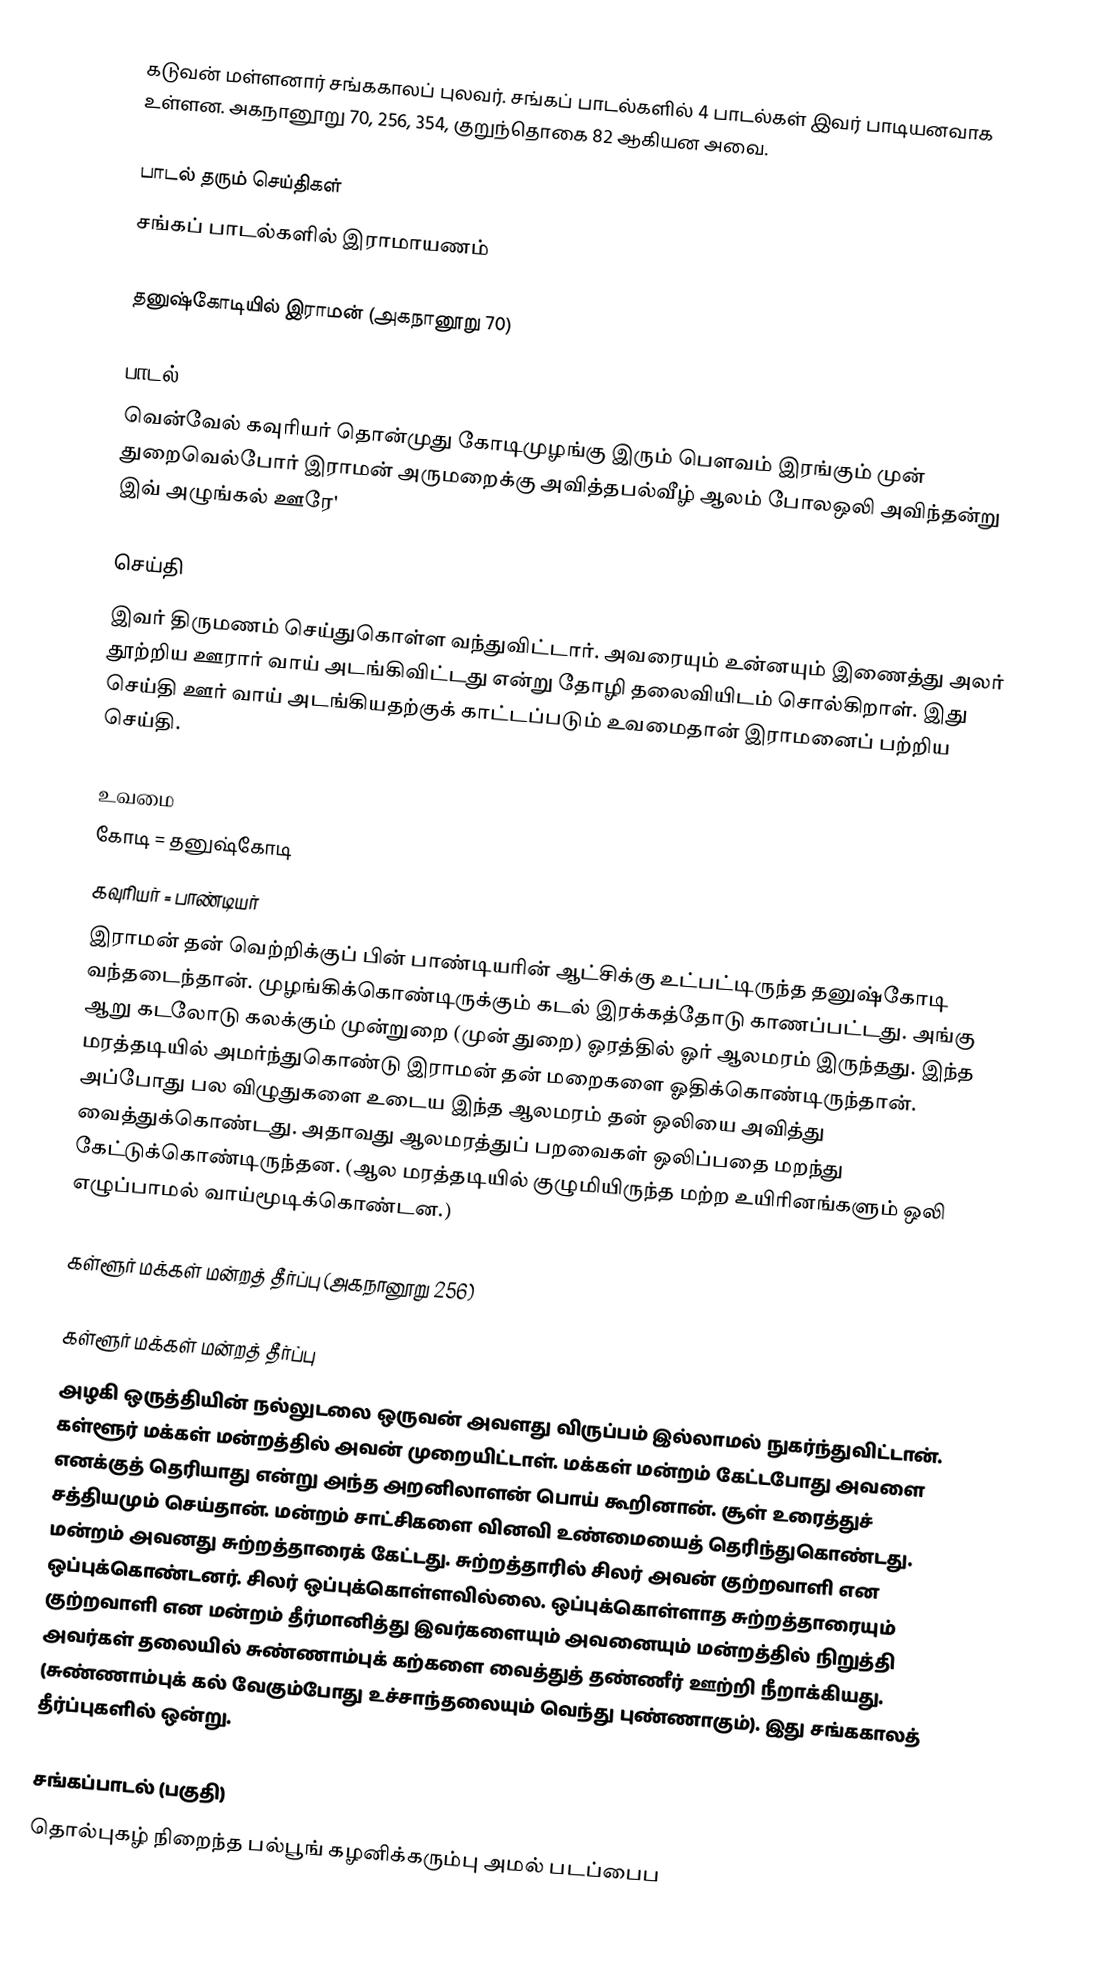
கடுவன் மள்ளனார் சங்ககாலப் புலவர். சங்கப் பாடல்களில் 4 பாடல்கள் இவர் பாடியனவாக உள்ளன. அகநானூறு 70, 256, 354, குறுந்தொகை 82 ஆகியன அவை.

பாடல் தரும் செய்திகள்
சங்கப் பாடல்களில் இராமாயணம்

தனுஷ்கோடியில் இராமன் (அகநானூறு 70)

பாடல்
வென்வேல் கவுரியர் தொன்முது கோடிமுழங்கு இரும் பௌவம் இரங்கும் முன் துறைவெல்போர் இராமன் அருமறைக்கு அவித்தபல்வீழ் ஆலம் போலஒலி அவிந்தன்று இவ் அழுங்கல் ஊரே'

செய்தி
இவர் திருமணம் செய்துகொள்ள வந்துவிட்டார். அவரையும் உன்னயும் இணைத்து அலர் தூற்றிய ஊரார் வாய் அடங்கிவிட்டது என்று தோழி தலைவியிடம் சொல்கிறாள். இது செய்தி ஊர் வாய் அடங்கியதற்குக் காட்டப்படும் உவமைதான் இராமனைப் பற்றிய செய்தி.

உவமை
 கோடி = தனுஷ்கோடி
 கவுரியர் = பாண்டியர்
இராமன் தன் வெற்றிக்குப் பின் பாண்டியரின் ஆட்சிக்கு உட்பட்டிருந்த தனுஷ்கோடி வந்தடைந்தான். முழங்கிக்கொண்டிருக்கும் கடல் இரக்கத்தோடு காணப்பட்டது. அங்கு ஆறு கடலோடு கலக்கும் முன்றுறை (முன் துறை) ஓரத்தில் ஓர் ஆலமரம் இருந்தது. இந்த மரத்தடியில் அமர்ந்துகொண்டு இராமன் தன் மறைகளை ஓதிக்கொண்டிருந்தான். அப்போது பல விழுதுகளை உடைய இந்த ஆலமரம் தன் ஒலியை அவித்து வைத்துக்கொண்டது. அதாவது ஆலமரத்துப் பறவைகள் ஒலிப்பதை மறந்து கேட்டுக்கொண்டிருந்தன. (ஆல மரத்தடியில் குழுமியிருந்த மற்ற உயிரினங்களும் ஒலி எழுப்பாமல் வாய்மூடிக்கொண்டன.)

கள்ளூர் மக்கள் மன்றத் தீர்ப்பு (அகநானூறு 256)

கள்ளூர் மக்கள் மன்றத் தீர்ப்பு
அழகி ஒருத்தியின் நல்லுடலை ஒருவன் அவளது விருப்பம் இல்லாமல் நுகர்ந்துவிட்டான். கள்ளூர் மக்கள் மன்றத்தில் அவன் முறையிட்டாள். மக்கள் மன்றம் கேட்டபோது அவளை எனக்குத் தெரியாது என்று அந்த அறனிலாளன் பொய் கூறினான். சூள் உரைத்துச் சத்தியமும் செய்தான். மன்றம் சாட்சிகளை வினவி உண்மையைத் தெரிந்துகொண்டது. மன்றம் அவனது சுற்றத்தாரைக் கேட்டது. சுற்றத்தாரில் சிலர் அவன் குற்றவாளி என ஒப்புக்கொண்டனர். சிலர் ஒப்புக்கொள்ளவில்லை. ஒப்புக்கொள்ளாத சுற்றத்தாரையும் குற்றவாளி என மன்றம் தீர்மானித்து இவர்களையும் அவனையும் மன்றத்தில் நிறுத்தி அவர்கள் தலையில் சுண்ணாம்புக் கற்களை வைத்துத் தண்ணீர் ஊற்றி நீறாக்கியது. (சுண்ணாம்புக் கல் வேகும்போது உச்சாந்தலையும் வெந்து புண்ணாகும்). இது சங்ககாலத் தீர்ப்புகளில் ஒன்று.

சங்கப்பாடல் (பகுதி)
தொல்புகழ் நிறைந்த பல்பூங் கழனிக்கரும்பு அமல் படப்பைப